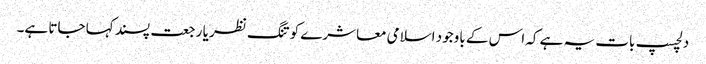
دلچسپ بات یہ ہے کہ اس کے باوجود اسلامی معاشرے کو تنگ نظر یا رجعت پسند کہا جاتا ہے۔